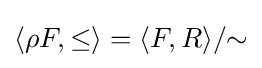
\langle \rho F,\leq \rangle =\langle F,R\rangle /{\sim }